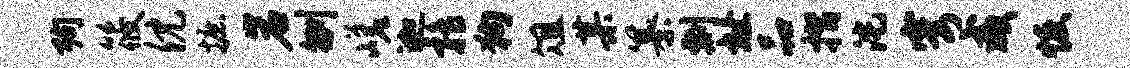
殉筱倪摭岩刎嵯迦鹑狗俎某纂剽址品摺沱穹咸恢